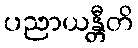
ပညာယန္တီတိ